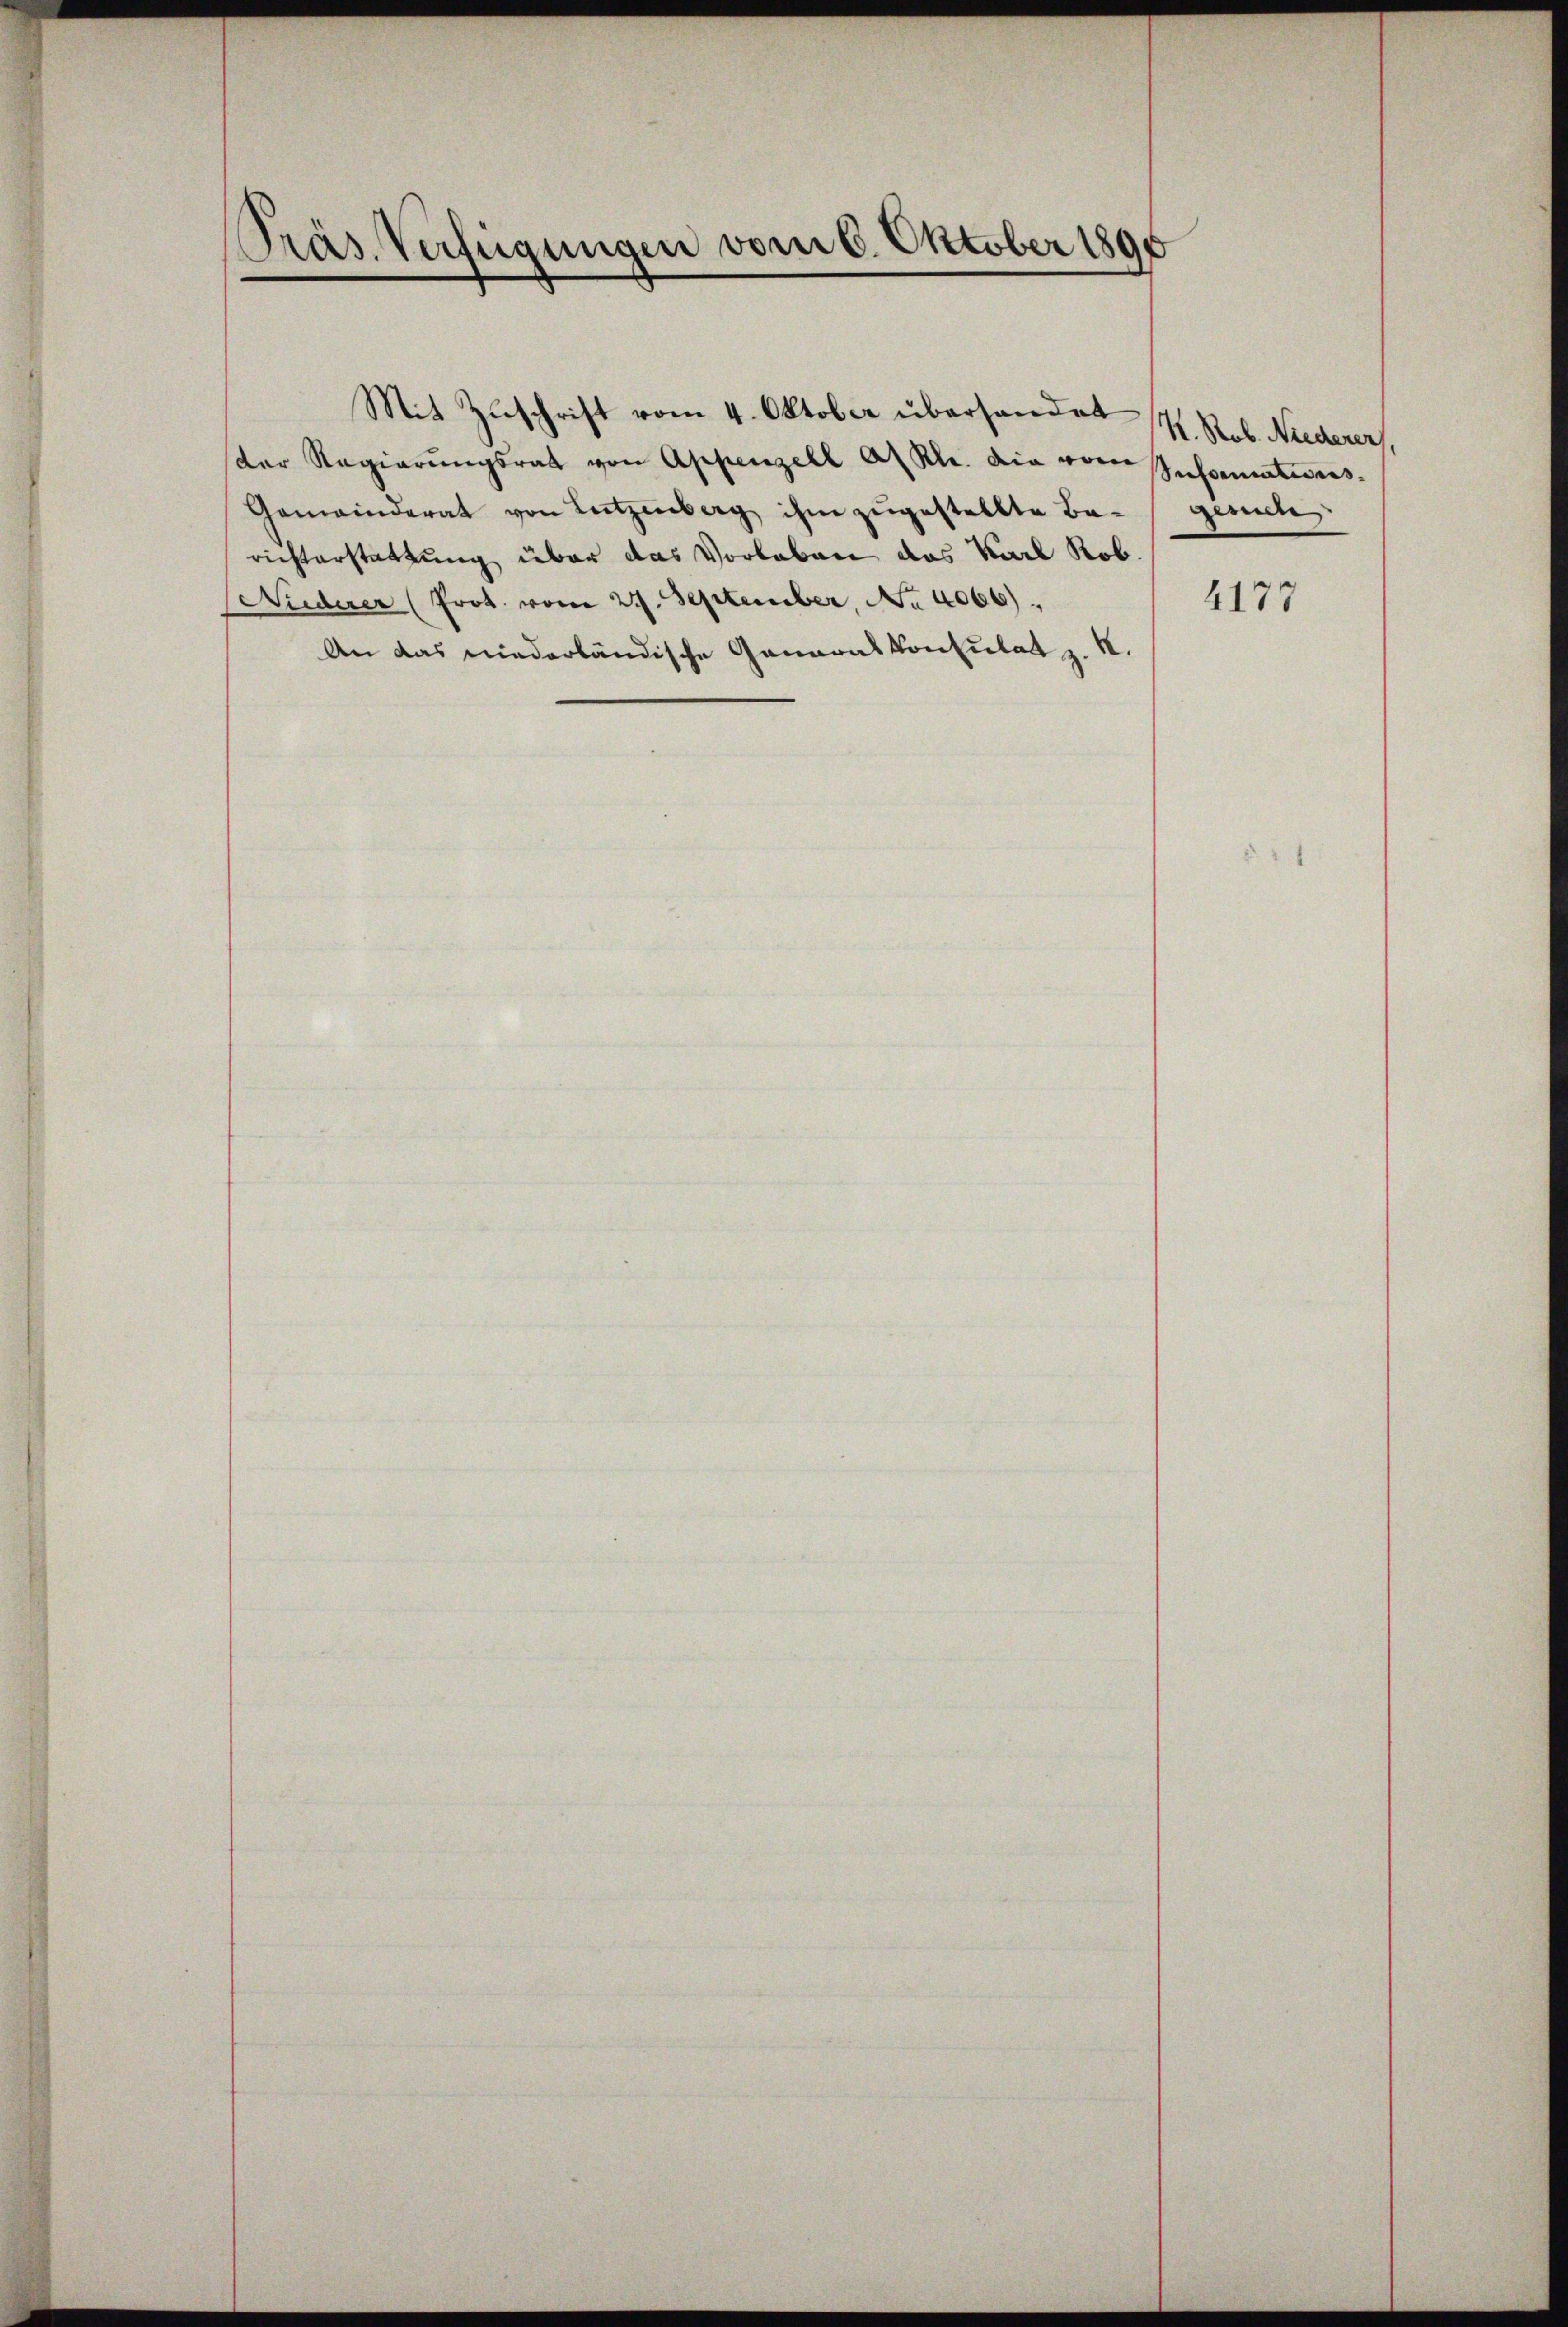
¬
Präs. Verfügungen vom 6. Oktober 1890

der Regierungsrath von Appenzell A. Rh. die von
Gemeinderat von Lützenberg ihm zugestellte Ba-gesuches
richterstattung über das Vorleben das Karl Rob.
Niederer (Prot. vom 27. September, No 4066).
An das niederländische Generalkonsulat z. B.

Mit Zŭschrift vom 4. Oktober überhandet

K. Prob. Niederer
Informations.

4175